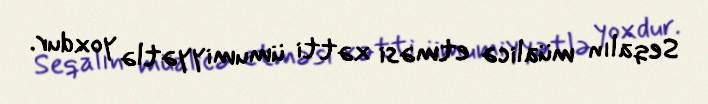
Seqalın müalicə etməsi xətti ümumiyyətlə yoxdur.